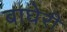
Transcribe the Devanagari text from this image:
बाघेरी